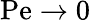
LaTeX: \mathrm{Pe}\rightarrow 0